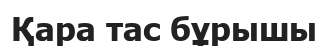
Қара тас бұрышы